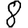
Digit: 8